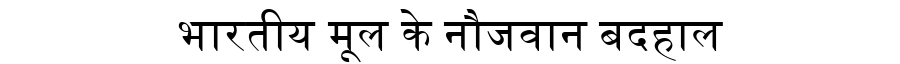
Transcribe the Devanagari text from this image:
भारतीय मूल के नौजवान बदहाल